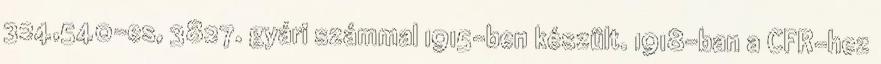
324,540-es, 3827. gyári számmal 1915-ben készült. 1918-ban a CFR-hez